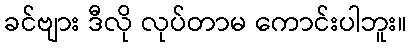
ခင်ဗျား ဒီလို လုပ်တာမ ကောင်းပါဘူး။